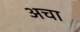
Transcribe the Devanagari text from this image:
अचा